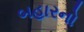
બહારનો